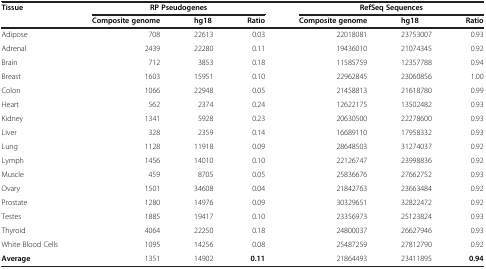
<table><thead><tr><td rowspan="2"><b>Tissue</b></td><td colspan="3"><b>RP Pseudogenes</b></td><td colspan="3"><b>RefSeq Sequences</b></td></tr><tr><td><b>Composite genome</b></td><td><b>hg18</b></td><td><b>Ratio</b></td><td><b>Composite genome</b></td><td><b>hg18</b></td><td><b>Ratio</b></td></tr></thead><tbody><tr><td>Adipose</td><td>708</td><td>22613</td><td>0.03</td><td>22018081</td><td>23753007</td><td>0.93</td></tr><tr><td>Adrenal</td><td>2439</td><td>22280</td><td>0.11</td><td>19436010</td><td>21074345</td><td>0.92</td></tr><tr><td>Brain</td><td>712</td><td>3853</td><td>0.18</td><td>11585759</td><td>12357788</td><td>0.94</td></tr><tr><td>Breast</td><td>1603</td><td>15951</td><td>0.10</td><td>22962845</td><td>23060856</td><td>1.00</td></tr><tr><td>Colon</td><td>1066</td><td>22948</td><td>0.05</td><td>21458813</td><td>21618780</td><td>0.99</td></tr><tr><td>Heart</td><td>562</td><td>2374</td><td>0.24</td><td>12622175</td><td>13502482</td><td>0.93</td></tr><tr><td>Kidney</td><td>1341</td><td>5928</td><td>0.23</td><td>20630500</td><td>22278600</td><td>0.93</td></tr><tr><td>Liver</td><td>328</td><td>2359</td><td>0.14</td><td>16689110</td><td>17958332</td><td>0.93</td></tr><tr><td>Lung</td><td>1128</td><td>11918</td><td>0.09</td><td>28648503</td><td>31274037</td><td>0.92</td></tr><tr><td>Lymph</td><td>1456</td><td>14010</td><td>0.10</td><td>22126747</td><td>23998836</td><td>0.92</td></tr><tr><td>Muscle</td><td>459</td><td>8705</td><td>0.05</td><td>25836676</td><td>27662752</td><td>0.93</td></tr><tr><td>Ovary</td><td>1501</td><td>34608</td><td>0.04</td><td>21842763</td><td>23663484</td><td>0.92</td></tr><tr><td>Prostate</td><td>1280</td><td>14976</td><td>0.09</td><td>30329651</td><td>32822472</td><td>0.92</td></tr><tr><td>Testes</td><td>1885</td><td>19417</td><td>0.10</td><td>23356973</td><td>25123824</td><td>0.93</td></tr><tr><td>Thyroid</td><td>4064</td><td>22250</td><td>0.18</td><td>24800037</td><td>26627946</td><td>0.93</td></tr><tr><td>White Blood Cells</td><td>1095</td><td>14256</td><td>0.08</td><td>25487259</td><td>27812790</td><td>0.92</td></tr><tr><td><b>Average</b></td><td>1351</td><td>14902</td><td><b>0.11</b></td><td>21864493</td><td>23411895</td><td><b>0.94</b></td></tr></tbody></table>